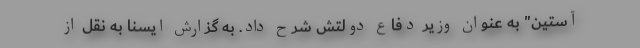
آستین" به عنوان وزیر دفاع دولتش شرح داد. به گزارش ایسنا به نقل از